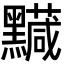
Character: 𪒯